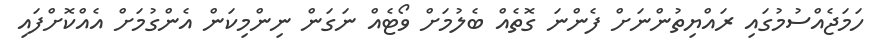
ހަމަޖެއްސުމުގައި ރައްޔިތުންނަށް ފެންނަ ގޮތެއް ބެލުމަށް ވޯޓެއް ނަގަން ނިންމިކަން އެންގުމަށް އެއްކޮށްފައި